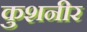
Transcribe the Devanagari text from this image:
कुशनीर